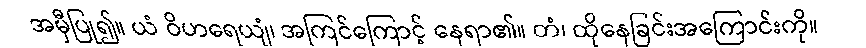
အမှီပြု၍။ ယံ ဝိဟရေယျံ၊ အကြင်ကြောင့် နေရာ၏။ တံ၊ ထိုနေခြင်းအကြောင်းကို။